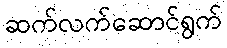
ဆက်လက်ဆောင်ရွက်